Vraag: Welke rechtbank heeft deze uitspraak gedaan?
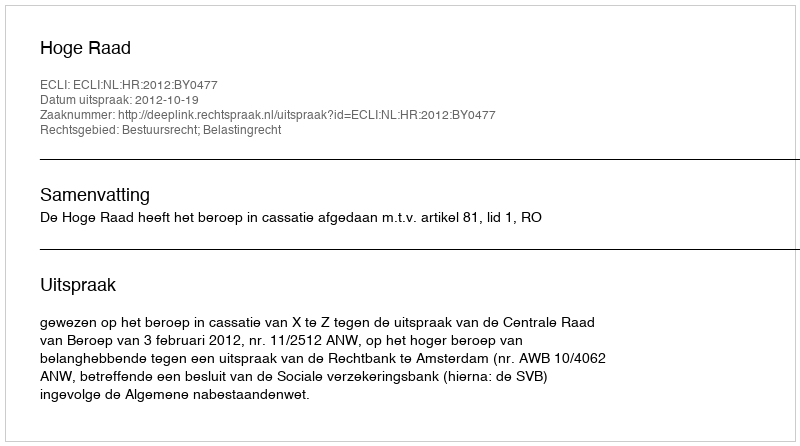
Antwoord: Hoge Raad